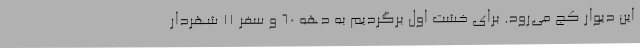
این دیوار کج می‌رود. برای خشت اول برگردیم به دهه ۶۰ و سفر ۱۱ شهردار